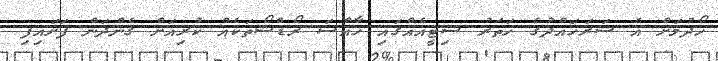
ހޯދުމަށް އެ ސަރަހައްދުގެ ހަތަރު ސިޓީއެއްގައި ހާއްސަ ރޯޑްޝޯތަކެއް ކުރިއަށް ގެންދަން ފަށައިފި